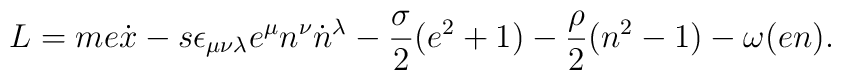
L=me\dot{x}-s\epsilon_{\mu\nu\lambda}e^{\mu}n^{\nu}\dot{n}{}^{\lambda}-\frac{\sigma}{2}(e^{2}+1)-\frac{\rho}{2}(n^{2}-1)-\omega(en).